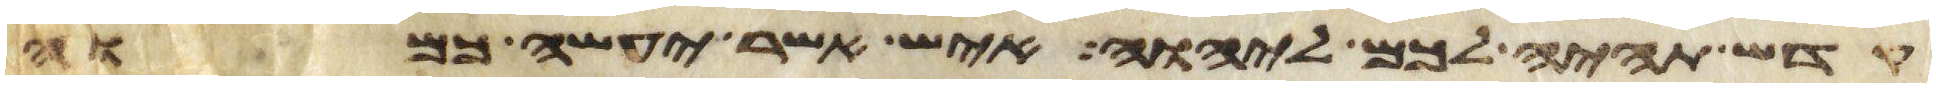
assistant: קדש תהיה לכם ליהוה איש אשר יעשה כמוה